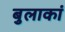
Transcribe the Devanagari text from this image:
बुलाकां